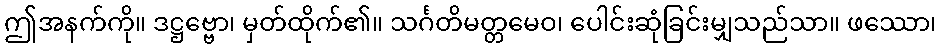
ဤအနက်ကို။ ဒဋ္ဌဗ္ဗော၊ မှတ်ထိုက်၏။ သင်္ဂတိမတ္တမေဝ၊ ပေါင်းဆုံခြင်းမျှသည်သာ။ ဖဿော၊